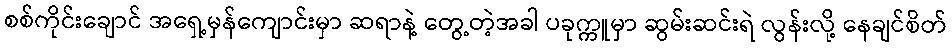
စစ်ကိုင်းချောင် အရှေ့မှန်ကျောင်းမှာ ဆရာနဲ့ တွေ့တဲ့အခါ ပခုက္ကူမှာ ဆွမ်းဆင်းရဲ လွန်းလို့ နေချင်စိတ်